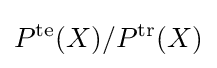
P^{\text{te}}(X)/P^{\text{tr}}(X)